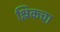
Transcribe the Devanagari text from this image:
श्लिकचा